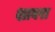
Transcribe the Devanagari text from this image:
शाबरा